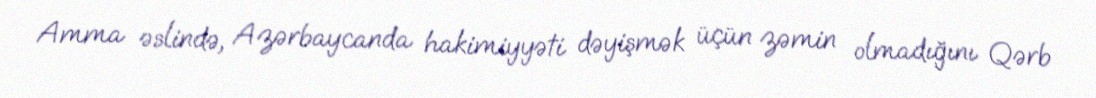
Amma əslində, Azərbaycanda hakimiyyəti dəyişmək üçün zəmin olmadığını Qərb